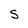
Character: S